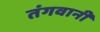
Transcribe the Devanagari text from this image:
तंगवानी